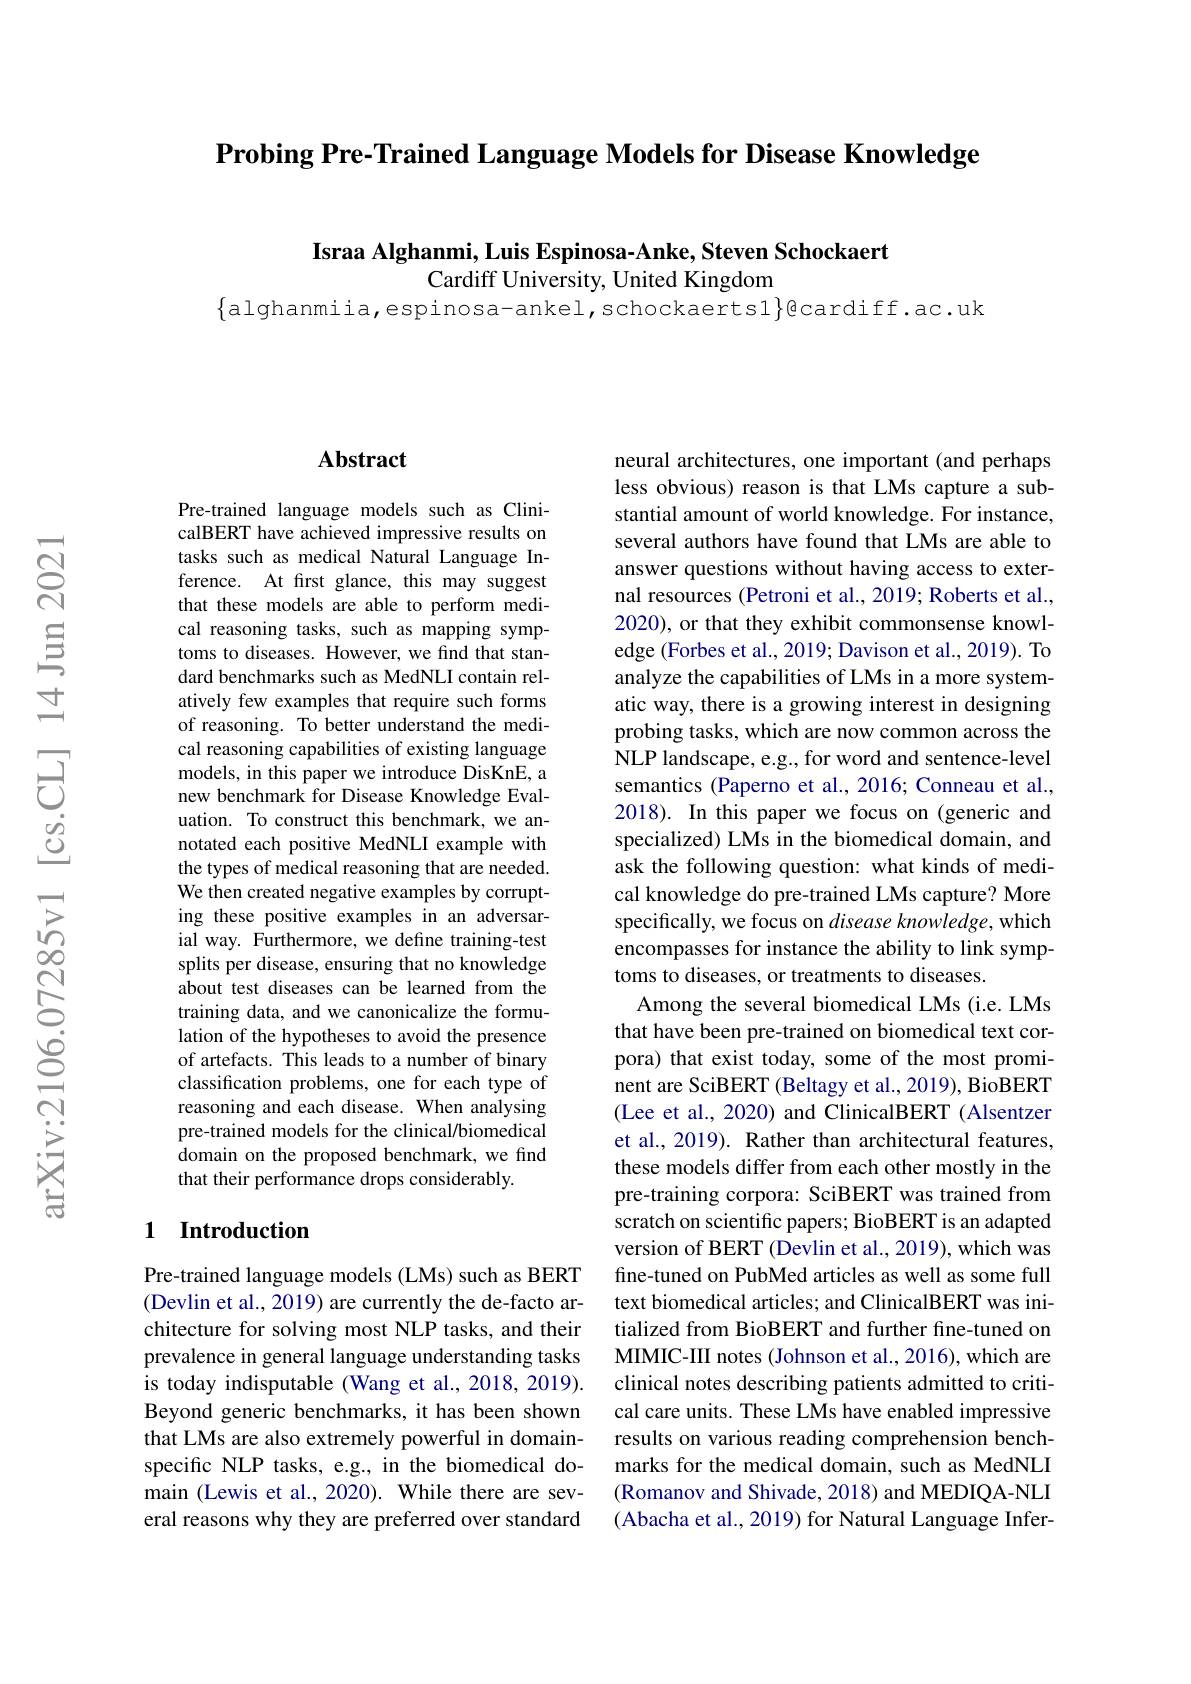
$\textbf{Probing Pre- Trained Language Models for Disease Knowledge}$

Israa Alghanmi, Luis Espinosa-Anke, Steven Schockaert
Cardiff University, United Kingdom

$\{$alghanmiia,espinosa-ankel,schockaerts1$\}$@cardiff.ac.uk

### $\mathbf{Abstract}$

Pre-trained language models such as ClinicalBERT have achieved impressive results on tasks such as medical Natural Language Inference. At first glance, this may suggest that these models are able to perform medical reasoning tasks, such as mapping symptoms to diseases. However, we find that standard benchmarks such as MedNLI contain relatively few examples that require such forms of reasoning. To better understand the medical reasoning capabilities of existing language models, in this paper we introduce DisKnE, a new benchmark for Disease Knowledge Evaluation. To construct this benchmark, we annotated each positive MedNLI example with the types of medical reasoning that are needed. We then created negative examples by corrupting these positive examples in an adversarial way. Furthermore, we define training-test splits per disease, ensuring that no knowledge about test diseases can be learned from the training data, and we canonicalize the formulation of the hypotheses to avoid the presence of artefacts. This leads to a number of binary classification problems, one for each type of reasoning and each disease. When analysing pre-trained models for the clinical/biomedical domain on the proposed benchmark, we find that their performance drops considerably.

## 1 Introduction

Pre-trained language models (LMs) such as BERT (Devlin et al., 2019) are currently the de-facto architecture for solving most NLP tasks, and their prevalence in general language understanding tasks is today indisputable (Wang et al.,2018,2019). Beyond generic benchmarks, it has been shown that LMs are also extremely powerful in domainspecific NLP tasks, e.g., in the biomedical domain (Lewis et al., 2020). While there are several reasons why they are preferred over standard

neural architectures, one important (and perhaps less obvious) reason is that LMs capture a substantial amount of world knowledge. For instance, several authors have found that LMs are able to answer questions without having access to external resources (Petroni et al., 2019; Roberts et al., 2020), or that they exhibit commonsense knowledge (Forbes et al., 2019; Davison et al., 2019). To analyze the capabilities of LMs in a more systematic way, there is a growing interest in designing probing tasks, which are now common across the NLP landscape, e.g., for word and sentence-level semantics (Paperno et al., 2016; Conneau et al., 2018). In this paper we focus on (generic and specialized) LMs in the biomedical domain, and ask the following question: what kinds of medical knowledge do pre-trained LMs capture? More specifically, we focus on disease knowledge, which encompasses for instance the ability to link symptoms to diseases, or treatments to diseases.
Among the several biomedical LMs (i.e. LMs that have been pre-trained on biomedical text corpora) that exist today, some of the most prominent are SciBERT (Beltagy et al., 2019), BioBERT (Lee et al., 2020) and ClinicalBERT (Alsentzer et al., 2019). Rather than architectural features, these models differ from each other mostly in the pre-training corpora: SciBERT was trained from scratch on scientific papers; BioBERT is an adapted version of BERT (Devlin et al., 2019), which was fine-tuned on PubMed articles as well as some full text biomedical articles; and ClinicalBERT was initialized from BioBERT and further fine-tuned on MIMIC-III notes (Johnson et al., 2016), which are clinical notes describing patients admitted to critical care units. These LMs have enabled impressive results on various reading comprehension benchmarks for the medical domain, such as MedNLI (Romanov and Shivade, 2018) and MEDIQA-NLI (Abacha et al., 2019) for Natural Language Infer-